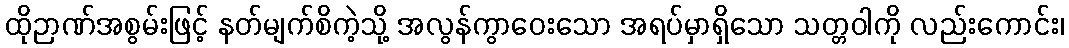
ထိုဉာဏ်အစွမ်းဖြင့် နတ်မျက်စိကဲ့သို့ အလွန်ကွာဝေးသော အရပ်မှာရှိသော သတ္တဝါကို လည်းကောင်း၊